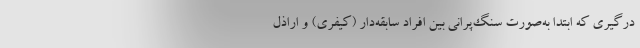
درگیری که ابتدا به‌صورت سنگ‌پرانی بین افراد سابقه‌دار (کیفری) و اراذل